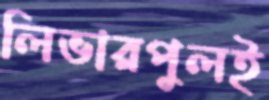
লিভারপুলই